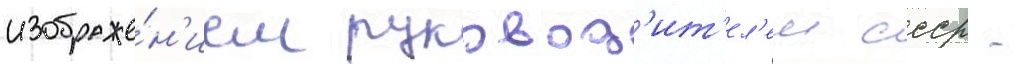
изображе́н'ием руковод'ит'ел'еи ссср -